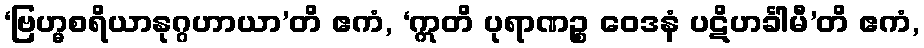
‘ဗြဟ္မစရိယာနုဂ္ဂဟာယာ’တိ ဧကံ, ‘ဣတိ ပုရာဏဉ္စ ဝေဒနံ ပဋိဟင်္ခါမီ’တိ ဧကံ,